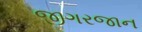
જીગરજાન